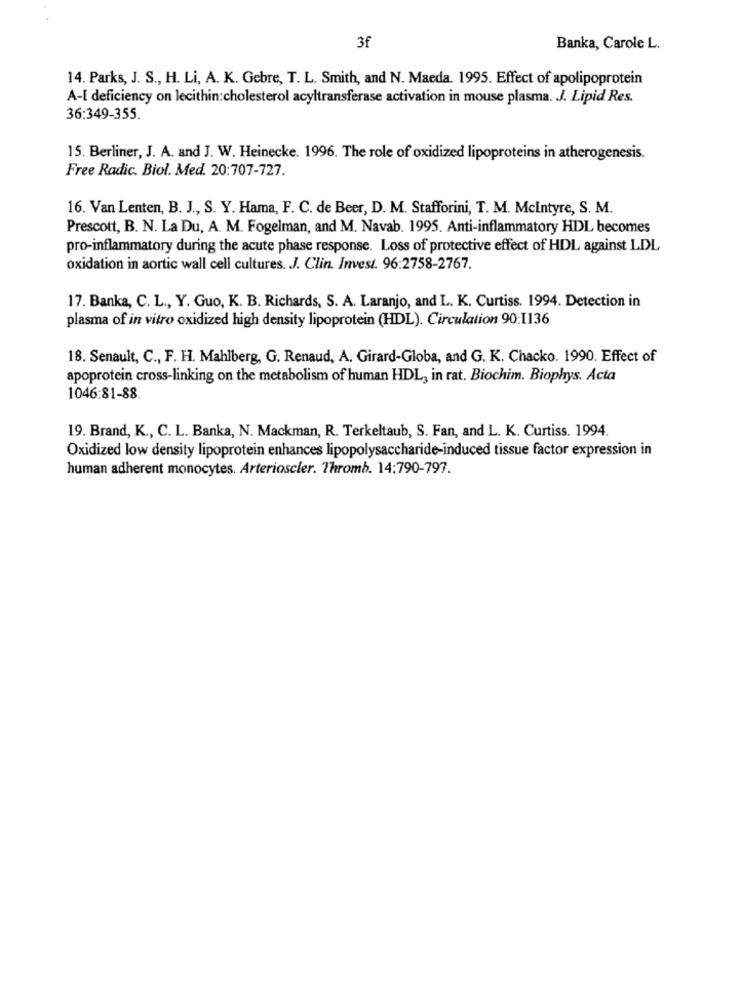
3f
Banka, Carole L.
14. Parks, J. S ., H. Li, A. K. Gebre, T. L. Smith, and N. Maeda. 1995. Effect of apolipoprotein
A-I deficiency on lecithin:cholesterol acyltransferase activation in mouse plasma. J. Lipid Res.
36:349-355.
15. Berliner, J. A. and J. W. Heinecke. 1996. The role of oxidized lipoproteins in atherogenesis.
Free Radic. Biol. Med. 20:707-727.
16. Van Lenten, B. J ., S. Y. Hama, F. C. de Beer, D. M. Stafforini, T. M. Mcintyre, S. M.
Prescott, B. N. La Du, A. M. Fogelman, and M. Navab. 1995. Anti-inflammatory HDL becomes
pro-inflammatory during the acute phase response. Loss of protective effect of HDL against LDL
oxidation in aortic wall cell cultures. J. Clin. Invest. 96:2758-2767.
17. Banka, C. L ., Y. Guo, K. B. Richards, S. A. Laranjo, and L. K. Curtiss. 1994. Detection in
plasma of in vitro oxidized high density lipoprotein (HDL). Circulation 90:1136
18. Senault, C ., F. H. Mahlberg, G. Renaud, A. Girard-Globa, and G. K. Chacko. 1990. Effect of
apoprotein cross-linking on the metabolism of human HDL, in rat. Biochim. Biophys. Acta
1046:81-88.
19. Brand, K ., C. L. Banka, N. Mackman, R. Terkeltaub, S. Fan, and L. K. Curtiss. 1994.
Oxidized low density lipoprotein enhances lipopolysaccharide-induced tissue factor expression in
human adherent monocytes. Arterioscler. Thromb. 14:790-797.